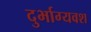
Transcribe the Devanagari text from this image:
दुर्भाग्‍यवश